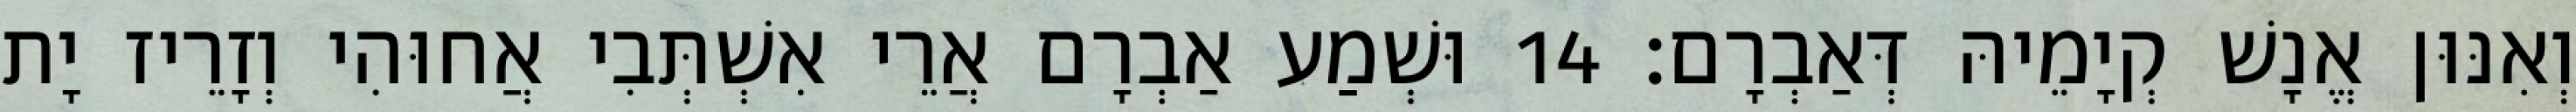
וְאִנּוּן אֱנָשׁ קְיָמֵיהּ דְּאַבְרָם׃ 14 וּשְׁמַע אַבְרָם אֲרֵי אִשְׁתְּבִי אֲחוּהִי וְזָרֵיז יָת